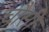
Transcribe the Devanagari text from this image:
चौंसी